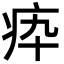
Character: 疩